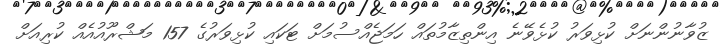
ޒުވާނުންނަށް ކުޅިވަރު ކުޅެވޭނެ އިންތިޒާމުތައް ހަމަޖެއްސުމަށް ޓަކައި ކުޅިވަރުގެ 157 މަޝްރޫއުއެއް ކުރިއަށް